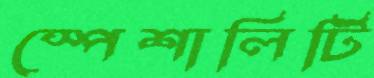
স্পেশালিটি